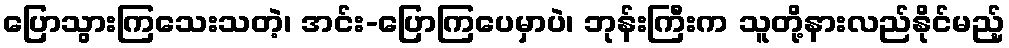
ပြောသွားကြသေးသတဲ့၊ အင်း-ပြောကြပေမှာပဲ၊ ဘုန်းကြီးက သူတို့နားလည်နိုင်မည့်